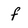
Character: f